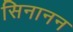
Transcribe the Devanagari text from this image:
सिनानन